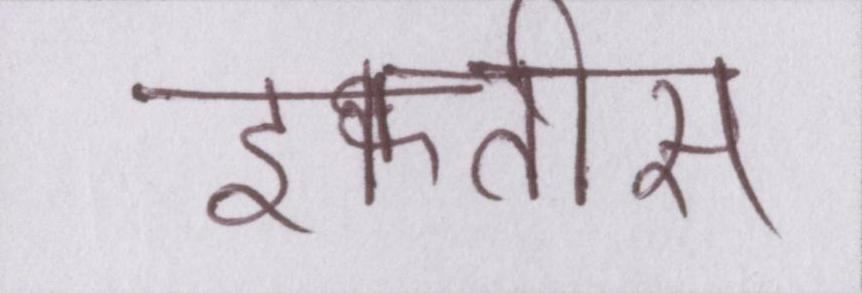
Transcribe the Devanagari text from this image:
इकतीस